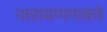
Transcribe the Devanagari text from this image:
नारायणगावचे